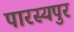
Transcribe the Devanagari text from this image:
पारस्यपुर